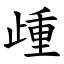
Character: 歱